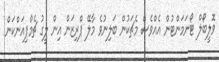
ވޮލީބޯލް ޓޯނަމަންޓުން އެއްވެސް މެޗަކުން ބަލިނުވެ މާލޭ ޕްރިޒަން އިން ލީގު ޗެމްޕިއަންކަން